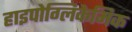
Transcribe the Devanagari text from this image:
हाइपोग्लिकेमिक